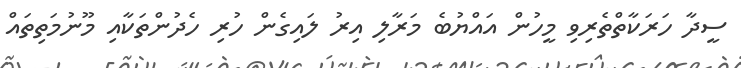
ސީދާ ހަރަކާތްތެރިވި މީހުން އައްޔުބެ މަރާލި އިރު ލައިގެން ހުރި ހެދުންތަކާއި މޫނުމަތިތައް